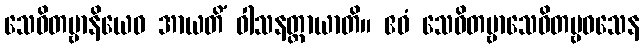
သေဝိတဗ္ဗာနိယေဝ အာယတိံ ဝါသနတ္ထာယာတိ။ ဧဝံ သေဝိတဗ္ဗာသေဝိတဗ္ဗဝသေန